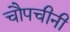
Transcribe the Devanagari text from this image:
चौपचीनी